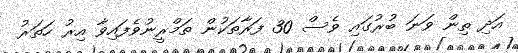
އަދި ތިން ވަނަ ބުރުގައި ވެސް 30 ފަރާތަކުން ތަމްރީނުވެފައިވާ އިރު ހަތަރު